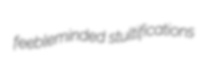
feebleminded stultifications